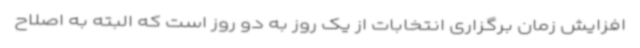
افزایش زمان برگزاری انتخابات از یک روز به دو روز است که البته به اصلاح